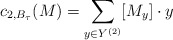
\begin{align*} c_{2,B_\tau}(M)=\sum_{y\in Y^{(2)}} [M_y] \cdot y \end{align*}